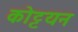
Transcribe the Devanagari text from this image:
कोट्टयन